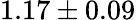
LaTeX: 1.17\pm 0.09